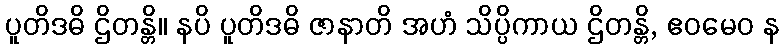
ပူတိဒဓိ ဌိတန္တိ။ နပိ ပူတိဒဓိ ဇာနာတိ အဟံ သိပ္ပိကာယ ဌိတန္တိ, ဧဝမေဝ န